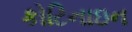
કોટિનાઇન